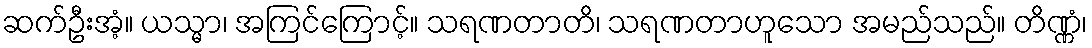
ဆက်ဦးအံ့။ ယသ္မာ၊ အကြင်ကြောင့်။ သရဏတာတိ၊ သရဏတာဟူသော အမည်သည်။ တိဏ္ဏံ၊